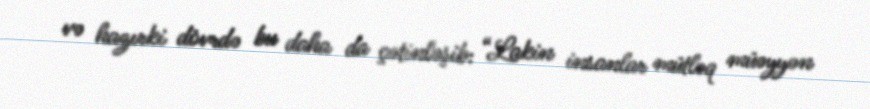
və hazırki dövrdə bu daha da çətinləşib: “Lakin insanlar mütləq müəyyən